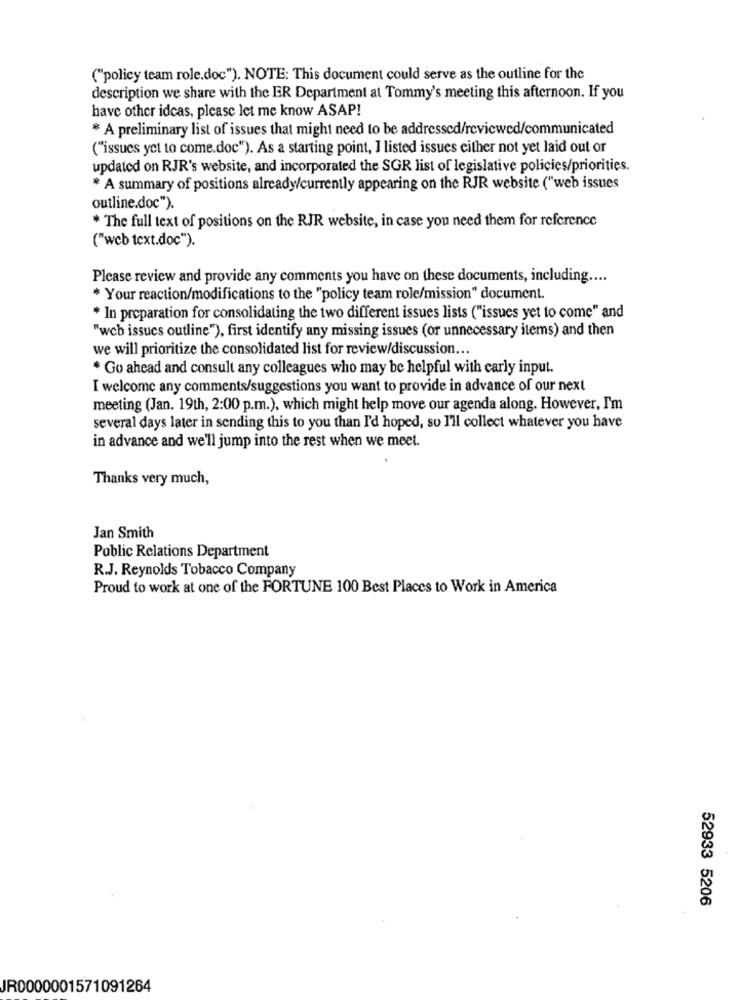
("policy team role.doc"). NOTE: This document could serve as the outline for the
description we share with the ER Department at Tommy's meeting this afternoon. If you
have other ideas, please let me know ASAP!
* A preliminary list of issues that might need to be addressed/reviewed/communicated
("issues yet to come.doc"). As a starting point, I listed issues either not yet laid out or
updated on RJR's website, and incorporated the SGR list of legislative policies/priorities.
* A summary of positions already/currently appearing on the RJR website ("web issues
outline.doc").
* The full text of positions on the RJR website, in case you need them for reference
("web text.doc").
Please review and provide any comments you have on these documents, including ....
* Your reaction/modifications to the "policy team role/mission" document.
* In preparation for consolidating the two different issues lists ("issues yet to come" and
"web issues outline"), first identify any missing issues (or unnecessary items) and then
we will prioritize the consolidated list for review/discussion ...
* Go ahead and consult any colleagues who may be helpful with carly input.
I welcome any comments/suggestions you want to provide in advance of our next
meeting (Jan. 19th, 2:00 p.m.), which might help move our agenda along. However, I'm
several days later in sending this to you than I'd hoped, so I'll collect whatever you have
in advance and we'll jump into the rest when we meet.
Thanks very much,
Jan Smith
Public Relations Department
R.J. Reynolds Tobacco Company
Proud to work at one of the FORTUNE 100 Best Places to Work in America
52933 5206
JR0000001571091264